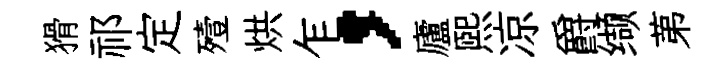
猾祁定殪烘乍，廬熙凉爵缬苐